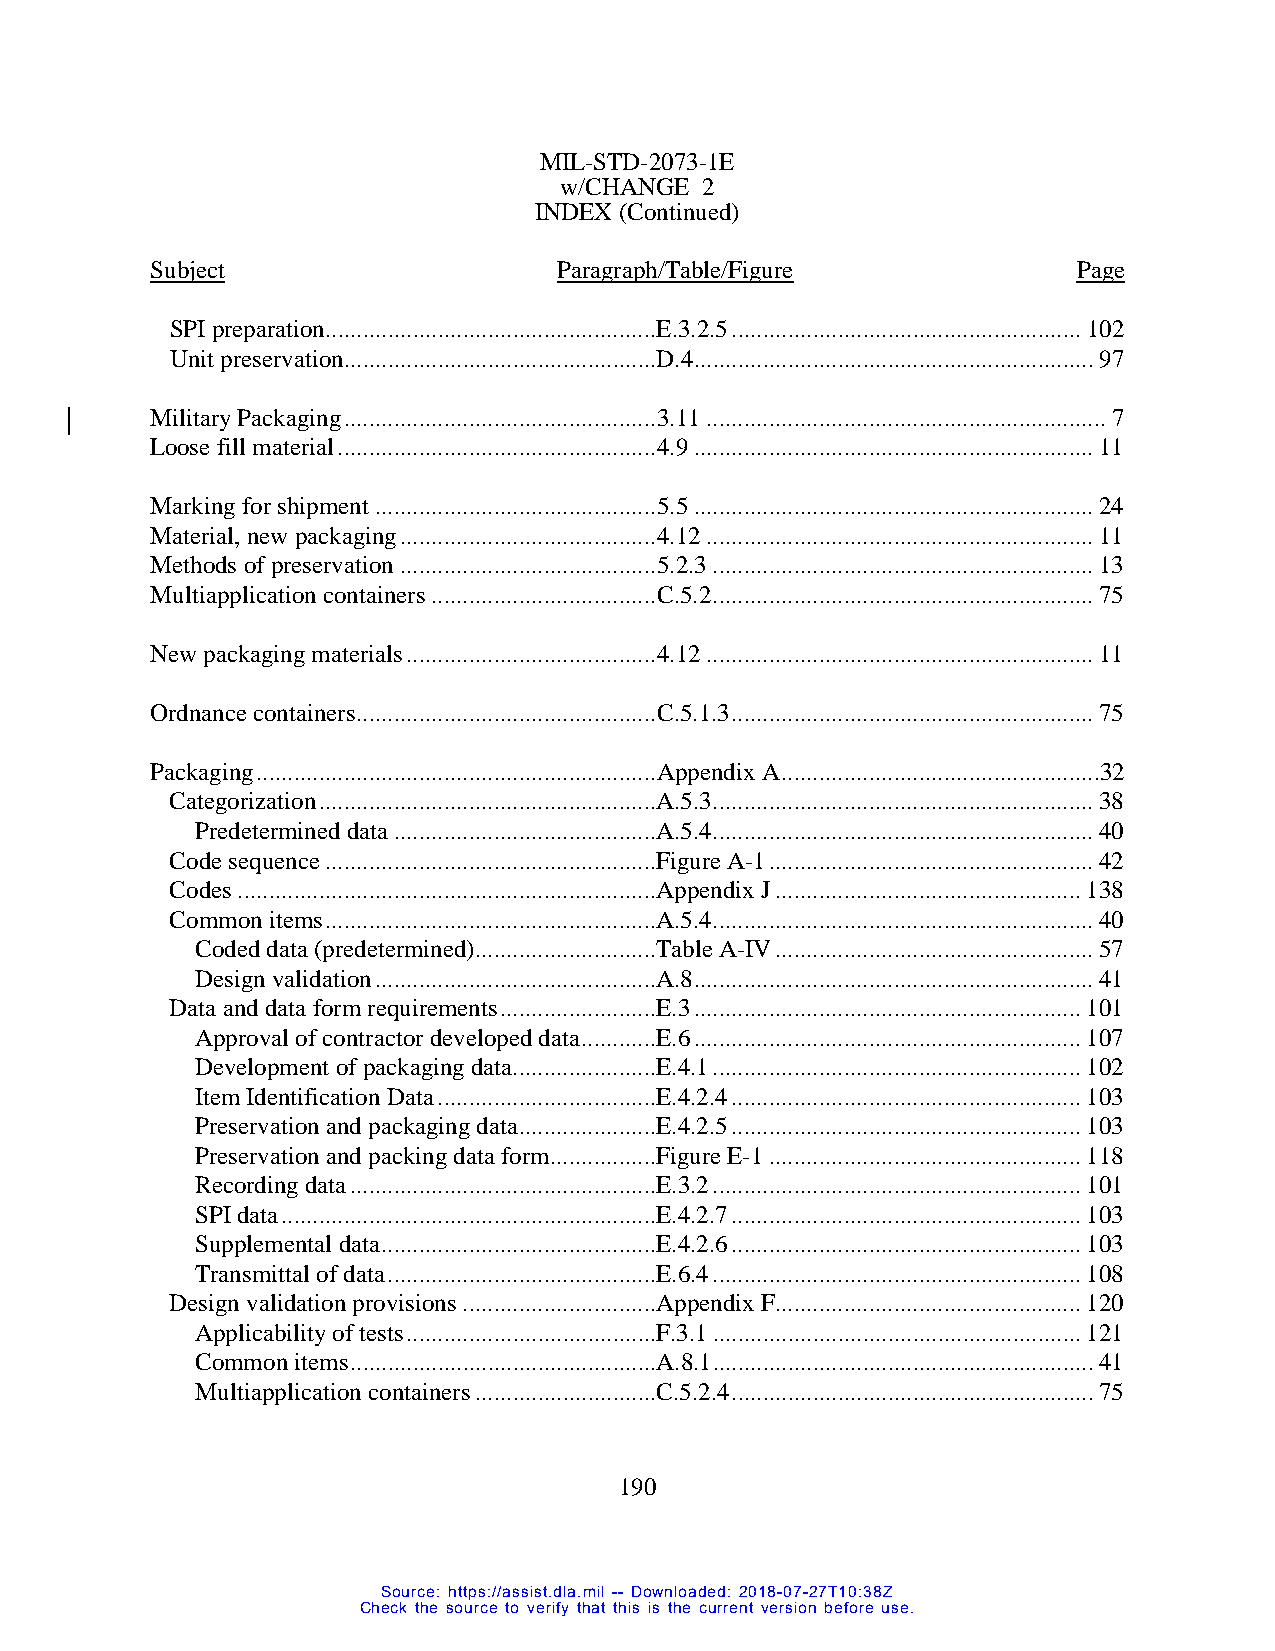
MIL-STD-2073-1E
 w/CHANGE 2
 INDEX (Continued)
 Subject                    Paragraph/Table/Figure            Page
 SPI preparation.....................................................E.3.2.5 ........................................................ 102
 Unit preservation ..................................................D.4 ................................................................ 97
 Military Packaging .................................................. 3.11 ................................................................ 7
 Loose fill material ................................................... 4.9 ................................................................ 11
 Marking for shipment ............................................. 5.5 ................................................................ 24
 Material, new packaging ......................................... 4.12 .............................................................. 11
 Methods of preservation ......................................... 5.2.3 ............................................................. 13
 Multiapplication containers .................................... C.5.2 ............................................................. 75
 New packaging materials ........................................ 4.12 .............................................................. 11
 Ordnance containers ................................................ C.5.1.3 .......................................................... 75
 Packaging ................................................................ Appendix A ...................................................32
 Categorization ......................................................A.5.3 ............................................................. 38
 Predetermined data ..........................................A.5.4 ............................................................. 40
 Code sequence .....................................................Figure A-1 .................................................... 42
 Codes ...................................................................Appendix J ................................................. 138
 Common items .....................................................A.5.4 ............................................................. 40
 Coded data (predetermined) .............................Table A-IV ................................................... 57
 Design validation .............................................A.8 ................................................................ 41
 Data and data form requirements .........................E.3 .............................................................. 101
 Approval of contractor developed data ............E.6 .............................................................. 107
 Development of packaging data.......................E.4.1 ........................................................... 102
 Item Identification Data ...................................E.4.2.4 ........................................................ 103
 Preservation and packaging data ......................E.4.2.5 ........................................................ 103
 Preservation and packing data form .................Figure E-1 .................................................. 118
 Recording data .................................................E.3.2 ........................................................... 101
 SPI data ............................................................E.4.2.7 ........................................................ 103
 Supplemental data ............................................E.4.2.6 ........................................................ 103
 Transmittal of data ...........................................E.6.4 ........................................................... 108
 Design validation provisions ...............................Appendix F................................................. 120
 Applicability of tests ........................................F.3.1 ........................................................... 121
 Common items .................................................A.8.1 ............................................................. 41
 Multiapplication containers .............................C.5.2.4 .......................................................... 75
 190
 Source: https://assist.dla.mil -- Downloaded: 2018-07-27T10:38Z
 Check the source to verify that this is the current version before use.